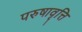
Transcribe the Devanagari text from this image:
परुषावृत्ति